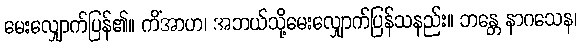
မေးလျှောက်ပြန်၏။ ကိံအာဟ၊ အဘယ်သို့မေးလျှောက်ပြန်သနည်း။ ဘန္တေ နာဂသေန၊